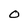
Character: O